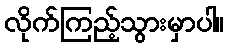
လိုက်ကြည့်သွားမှာပါ။